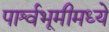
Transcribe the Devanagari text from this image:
पार्श्वभूमीमध्ये